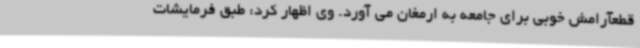
قطعآرامش خوبی برای جامعه به ارمغان می آورد. وی اظهار کرد: طبق فرمایشات